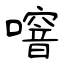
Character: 噾